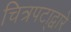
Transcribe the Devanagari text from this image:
चित्रपटा्द्वारे